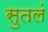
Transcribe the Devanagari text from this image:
सुतलं